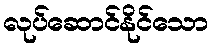
လုပ်ဆောင်နိုင်သော